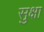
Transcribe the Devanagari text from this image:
सुक्षा